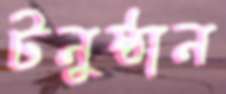
টনুষ্ঠান